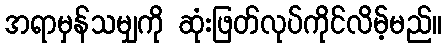
အရာမှန်သမျှကို ဆုံးဖြတ်လုပ်ကိုင်လိမ့်မည်။